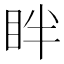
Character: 眫